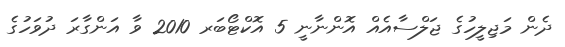
ދެން މަޖިލީހުގެ ޖަލްސާއެއް އޮންނާނީ 5 އޮކްޓޯބަރ 2010 ވާ އަންގާރަ ދުވަހުގެ